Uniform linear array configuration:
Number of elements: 4
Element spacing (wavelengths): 1
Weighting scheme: exponential
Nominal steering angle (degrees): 30
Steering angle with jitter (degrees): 29.953
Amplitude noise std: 0.05
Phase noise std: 0.05

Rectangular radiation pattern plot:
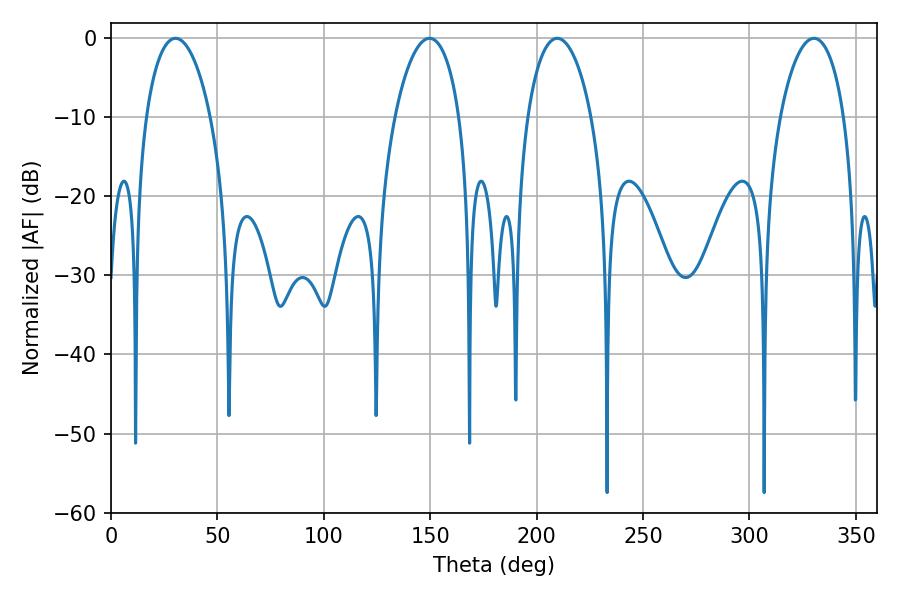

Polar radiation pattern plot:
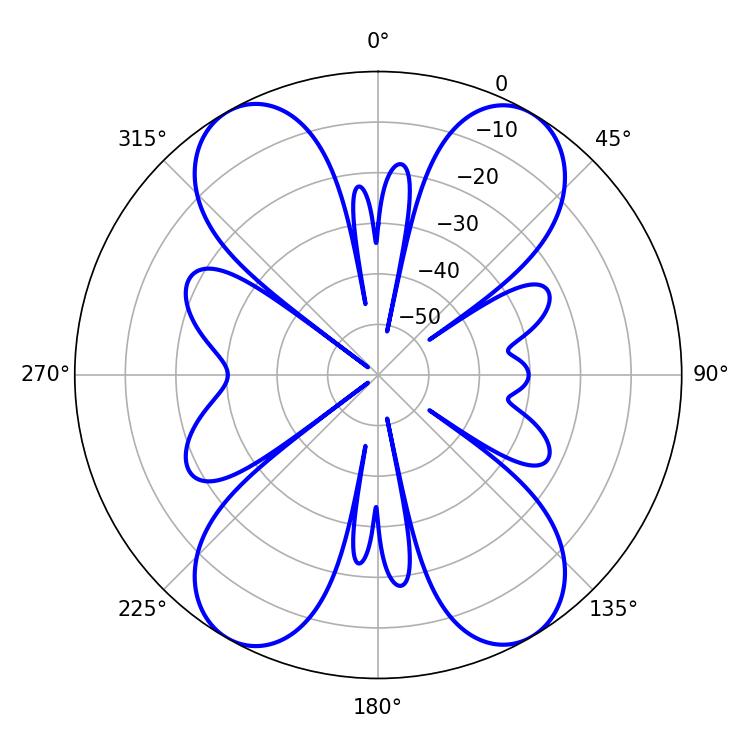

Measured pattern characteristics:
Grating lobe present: TRUE
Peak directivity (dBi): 25.97
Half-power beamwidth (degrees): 17.1
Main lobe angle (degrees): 209.7